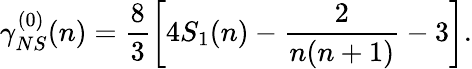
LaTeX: \gamma_{NS}^{(0)}(n)=\frac{8}{3}\bigg[4S_{1}(n)-\frac{2}{n(n+1)}-3\bigg].